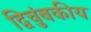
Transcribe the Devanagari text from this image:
द्विचुंबकीय